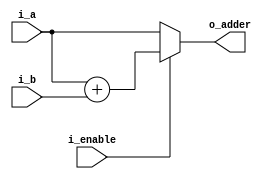
`timescale 1ns / 1ps
//////////////////////////////////////////////////////////////////////////////////
// Company: 
// Engineer: 
// 
// Design Name: 
// Module Name: adder_fetch
// Project Name: 
// Target Devices: 
// Tool Versions: 
// Description: 
// 
// Dependencies: 
// 
// Revision:
// Revision 0.01 - File Created
// Additional Comments:
// 
//////////////////////////////////////////////////////////////////////////////////


module adder_fetch
    #(
        parameter LEN=32
    )
    (
        input [LEN-1:0] i_a,
        input [LEN-1:0] i_b,
        input i_enable,
        output [LEN-1:0] o_adder
    );
    
    assign o_adder = i_enable==1'b1 ? i_a + i_b : i_a; 
endmodule